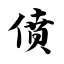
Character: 偾